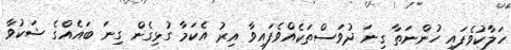
ހަލާކުވެފައި ހުންނަތާ ގިނަ ދުވަސްތަކެއްވެފައިވާ އިރު އެކަމާ ގުޅިގެން ގިނަ ބައެއްގެ ޝަކުވާ